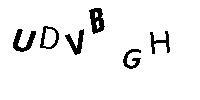
UDVBGH